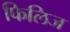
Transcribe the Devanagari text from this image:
फिलिज